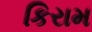
કિરામ